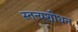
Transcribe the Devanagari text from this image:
स्तन्यशोधन